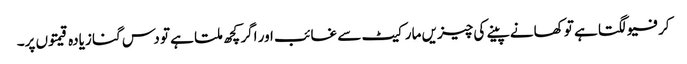
کرفیو لگتا ہے تو کھانے پینے کی چیزیں مارکیٹ سے غائب اور اگر کچھ ملتا ہے تو دس گنا زیادہ قیمتوں پر۔